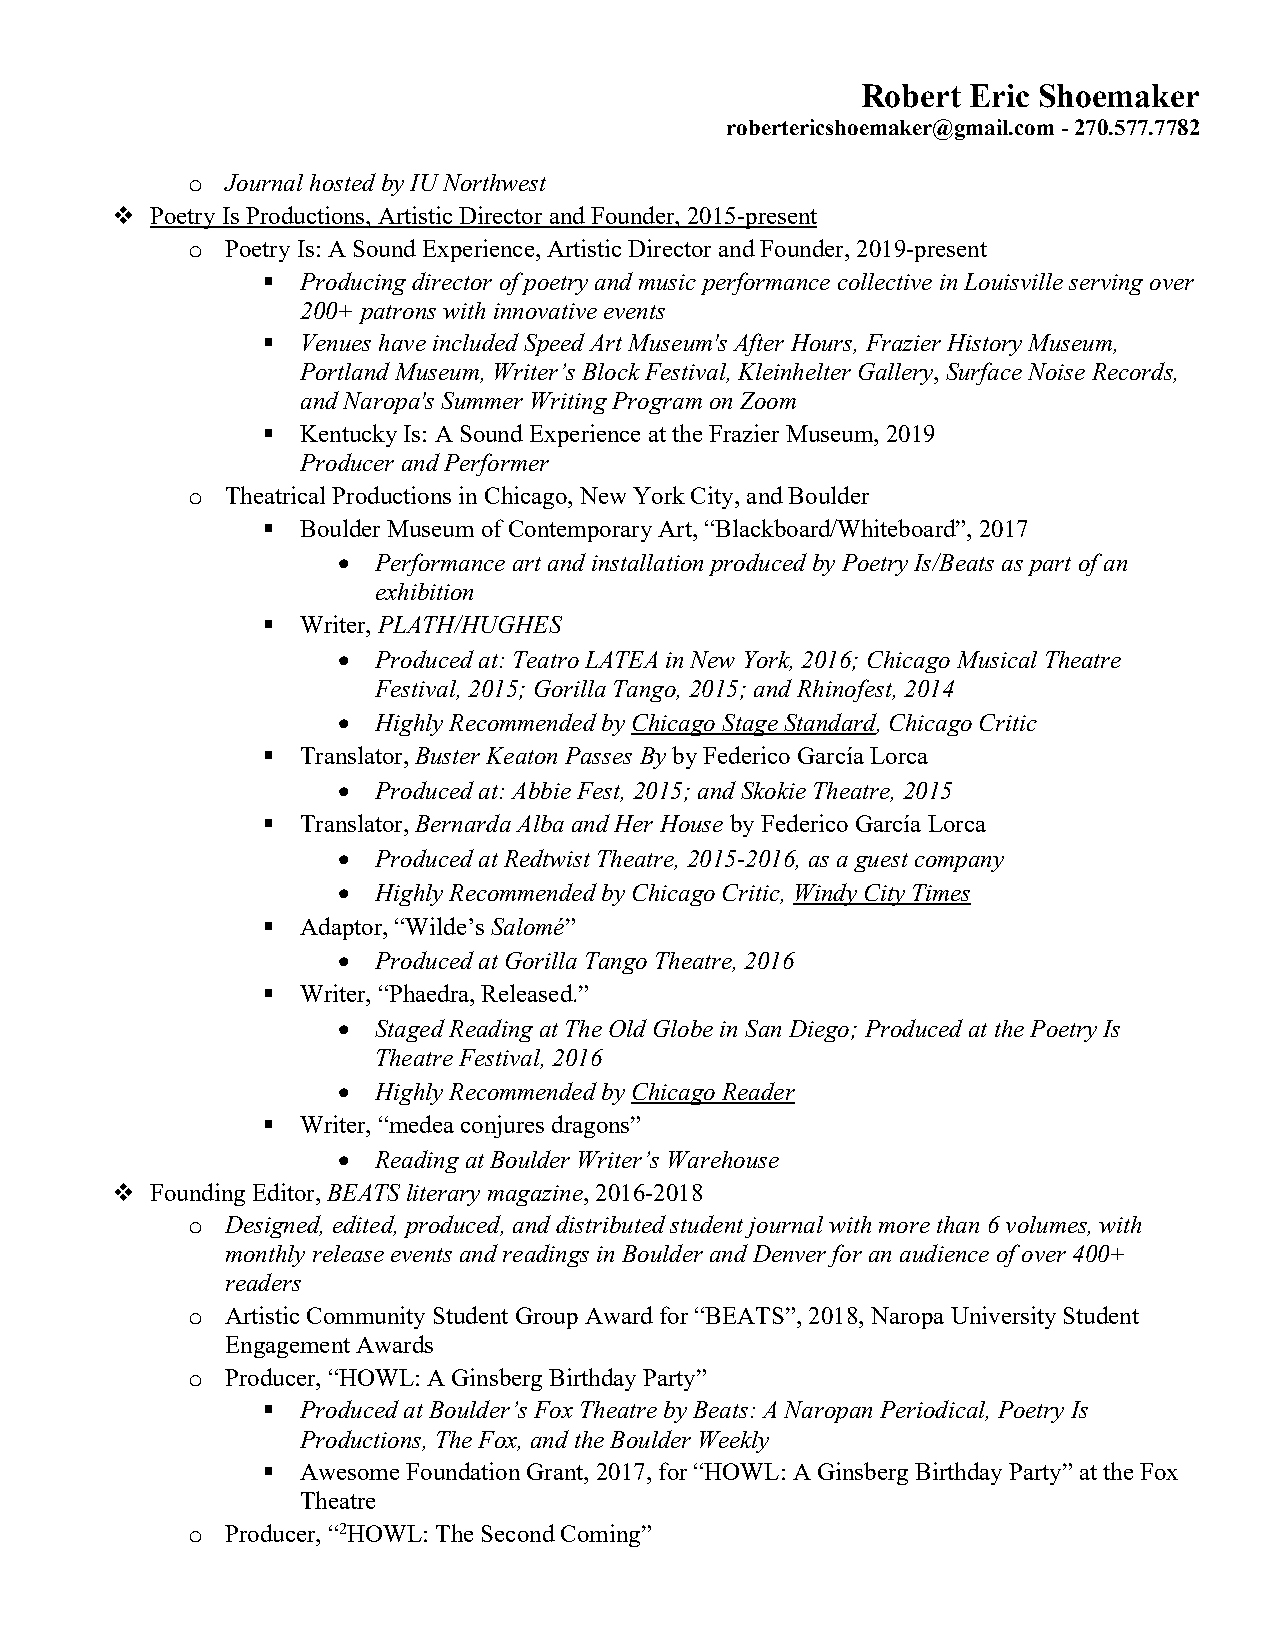
Robert Eric Shoemaker
 robertericshoemaker@gmail.com - 270.577.7782
 o  Journal hosted by IU Northwest
 v  Poetry Is Productions, Artistic Director and Founder, 2015-present
 o  Poetry Is: A Sound Experience, Artistic Director and Founder, 2019-present
 §  Producing director of poetry and music performance collective in Louisville serving over
 200+ patrons with innovative events
 §  Venues have included Speed Art Museum's After Hours, Frazier History Museum,
 Portland Museum, Writer’s Block Festival, Kleinhelter Gallery, Surface Noise Records,
 and Naropa's Summer Writing Program on Zoom
 §  Kentucky Is: A Sound Experience at the Frazier Museum, 2019
 Producer and Performer
 o  Theatrical Productions in Chicago, New York City, and Boulder
 §  Boulder Museum of Contemporary Art, “Blackboard/Whiteboard”, 2017
 •  Performance art and installation produced by Poetry Is/Beats as part of an
 exhibition
 §  Writer, PLATH/HUGHES
 •  Produced at: Teatro LATEA in New York, 2016; Chicago Musical Theatre
 Festival, 2015; Gorilla Tango, 2015; and Rhinofest, 2014
 •  Highly Recommended by Chicago Stage Standard, Chicago Critic
 §  Translator, Buster Keaton Passes By by Federico García Lorca
 •  Produced at: Abbie Fest, 2015; and Skokie Theatre, 2015
 §  Translator, Bernarda Alba and Her House by Federico García Lorca
 •  Produced at Redtwist Theatre, 2015-2016, as a guest company
 •  Highly Recommended by Chicago Critic, Windy City Times
 §  Adaptor, “Wilde’s Salomé”
 •  Produced at Gorilla Tango Theatre, 2016
 §  Writer, “Phaedra, Released.”
 •  Staged Reading at The Old Globe in San Diego; Produced at the Poetry Is
 Theatre Festival, 2016
 •  Highly Recommended by Chicago Reader
 §  Writer, “medea conjures dragons”
 •  Reading at Boulder Writer’s Warehouse
 v  Founding Editor, BEATS literary magazine, 2016-2018
 o  Designed, edited, produced, and distributed student journal with more than 6 volumes, with
 monthly release events and readings in Boulder and Denver for an audience of over 400+
 readers
 o  Artistic Community Student Group Award for “BEATS”, 2018, Naropa University Student
 Engagement Awards
 o  Producer, “HOWL: A Ginsberg Birthday Party”
 §  Produced at Boulder’s Fox Theatre by Beats: A Naropan Periodical, Poetry Is
 Productions, The Fox, and the Boulder Weekly
 §  Awesome Foundation Grant, 2017, for “HOWL: A Ginsberg Birthday Party” at the Fox
 Theatre
 o  Producer, “2HOWL: The Second Coming”